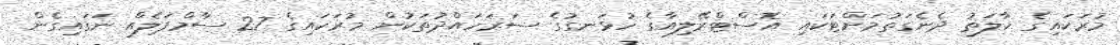
މުރަކައިގެ ހާލަތު ދެނެގަތުމަށްޓަކައި އޮސްޓްރޭލިއާގެ ހުޅަނގުގެ ސަރަހައްދުތަކުން މުރަކައިގެ 27 ސާމްޕަލެއް ނަގައިގެން